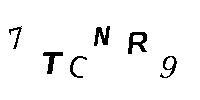
7TCNR9